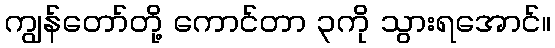
ကျွန်တော်တို့ ကောင်တာ ၃ကို သွားရအောင်။